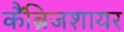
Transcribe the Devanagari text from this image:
कैंब्रिजशायर